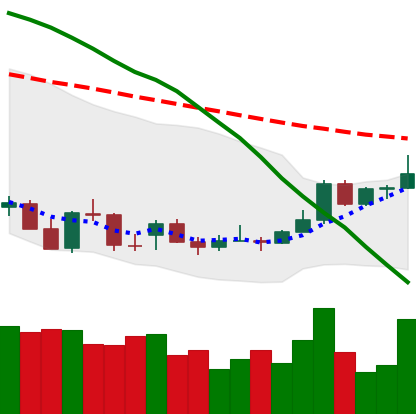
Ticker: ADA-USD
Chart end date: 2021-12-27
Forward return: -8.985%
Label: down_7plus